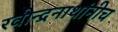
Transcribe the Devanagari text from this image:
रवीन्द्रनाथांनीच